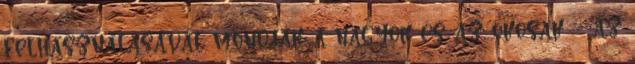
felhasználásával mondják a nagyok és az okosak :- az